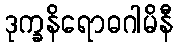
ဒုက္ခနိရောဓဂါမိနီ